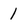
Character: 1